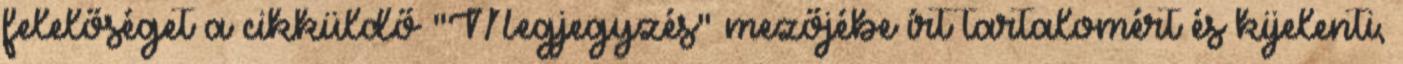
felelőséget a cikküldő "Megjegyzés" mezőjébe írt tartalomért és kijelenti,